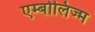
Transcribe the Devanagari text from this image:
एम्बोलिज्म